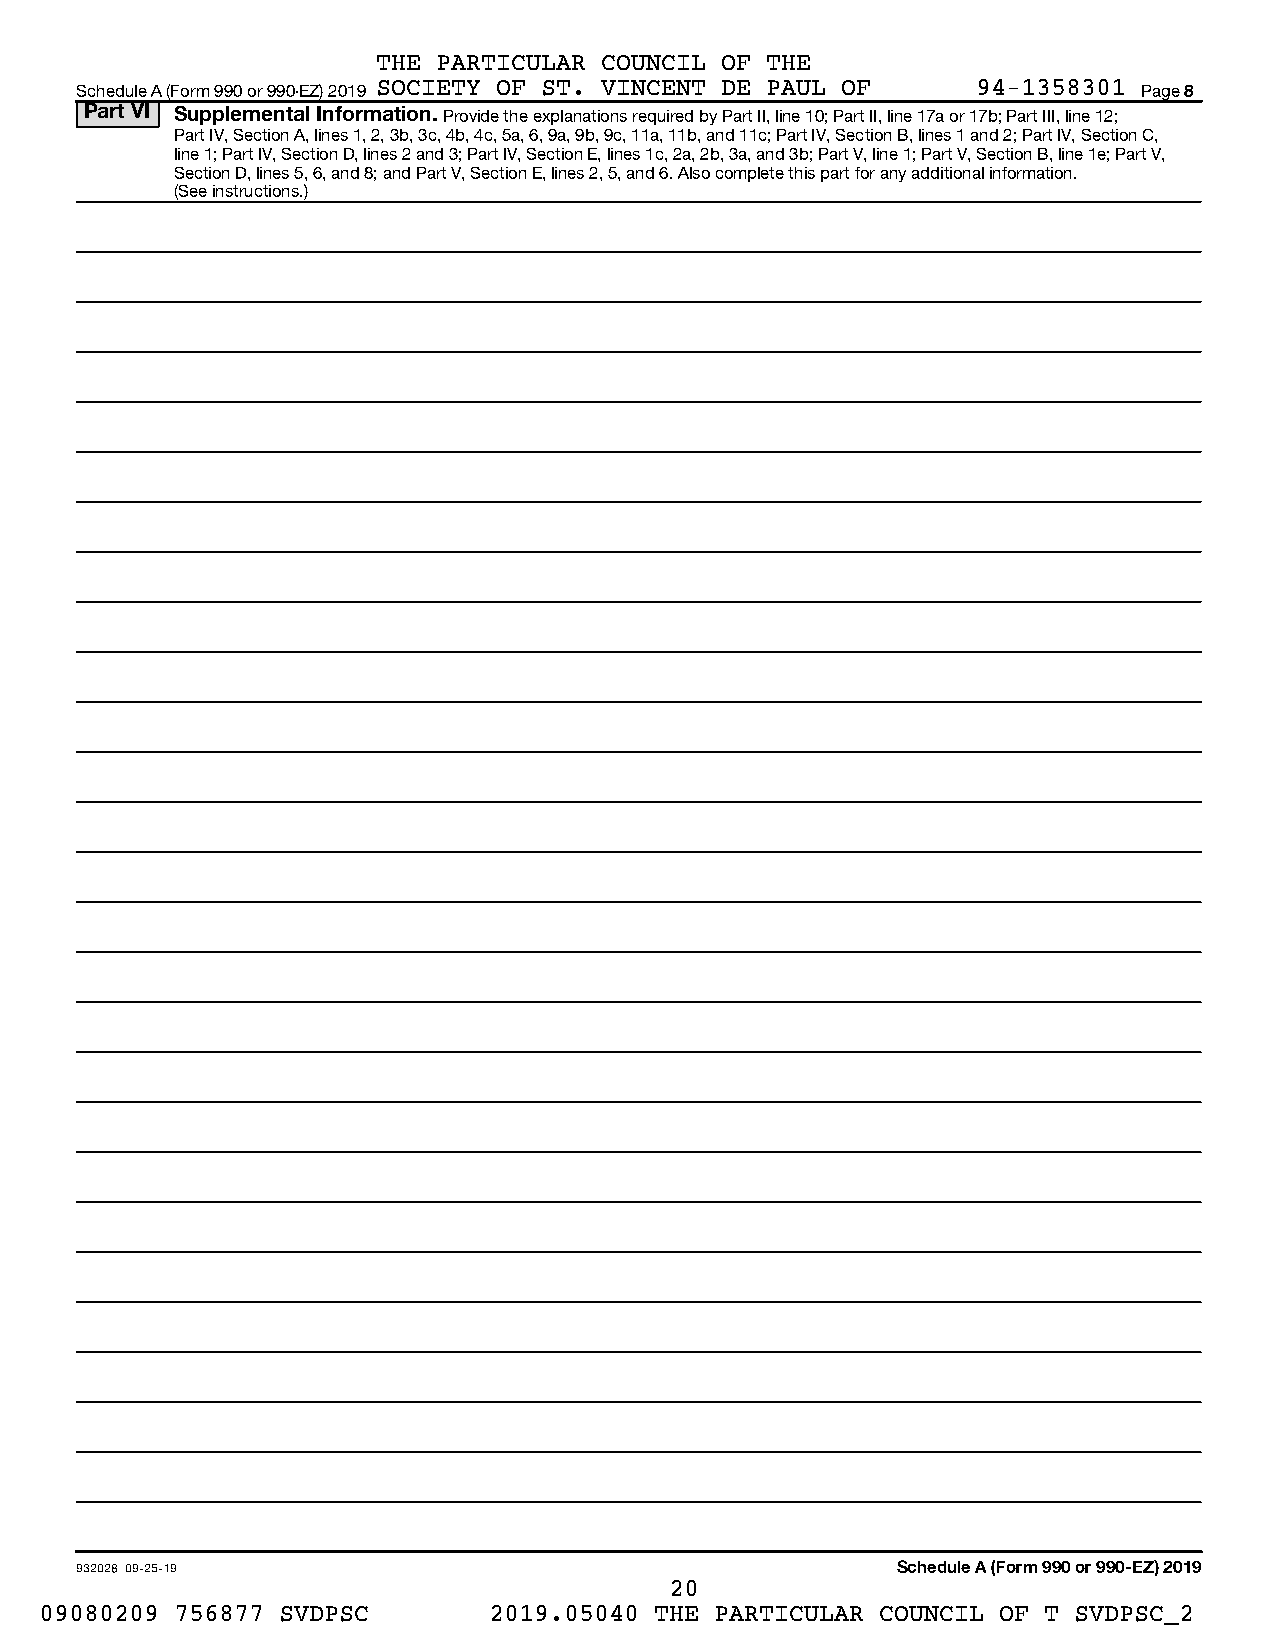
THE PARTICULAR COUNCIL OF THE
 Schedule A (Form 990 or 990-EZ) 2019 SOCIETY OF ST. VINCENT DE PAUL OF 94-1358301 Page 8
 Part VI Supplemental Information. Provide the explanations required by Part II, line 10; Part II, line 17a or 17b; Part III, line 12;
 Part IV, Section A, lines 1, 2, 3b, 3c, 4b, 4c, 5a, 6, 9a, 9b, 9c, 11a, 11b, and 11c; Part IV, Section B, lines 1 and 2; Part IV, Section C,
 line 1; Part IV, Section D, lines 2 and 3; Part IV, Section E, lines 1c, 2a, 2b, 3a, and 3b; Part V, line 1; Part V, Section B, line 1e; Part V,
 Section D, lines 5, 6, and 8; and Part V, Section E, lines 2, 5, and 6. Also complete this part for any additional information.
 (See instructions.)
 932028 09-25-19                                       Schedule A (Form 990 or 990-EZ) 2019
 20
 09080209 756877 SVDPSC       2019.05040 THE PARTICULAR COUNCIL OF T SVDPSC_2